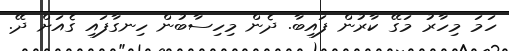
ހަމަ މިހާރު މަގޭ ކާރުން ފައިބާ. ދެން މިހިސާބުން ހިނގާފައި ގެއަށް ދޭ.